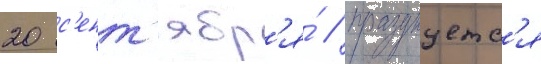
20 с'ент'ябр'я́ / празднуетс'я